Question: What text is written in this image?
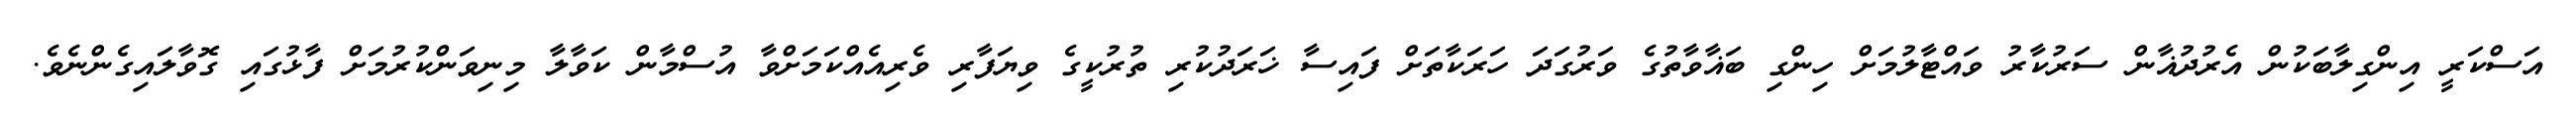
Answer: އަސްކަރީ އިންގިލާބަކުން އެރުދުޣާން ސަރުކާރު ވައްޓާލުމަށް ހިންގި ބަޣާވާތުގެ ވަރުގަދަ ހަރަކާތަށް ފައިސާ ޚަރަދުކުރި ތުރުކީގެ ވިޔަފާރި ވެރިއެއްކަމަށްވާ އުސްމާން ކަވާލާ މިނިވަންކުރުމަށް ފާޅުގައި ގޮވާލައިގެންނެވެ.